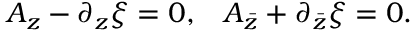
\begin{array} { l l } { { A _ { z } - \partial _ { z } \xi = 0 , } } & { { A _ { \bar { z } } + \partial _ { \bar { z } } \xi = 0 . } } \end{array}